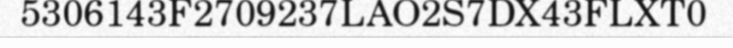
5306143F2709237LAO2S7DX43FLXT0